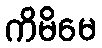
ကိမိမေ